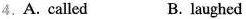
4.A. Called B. laughed